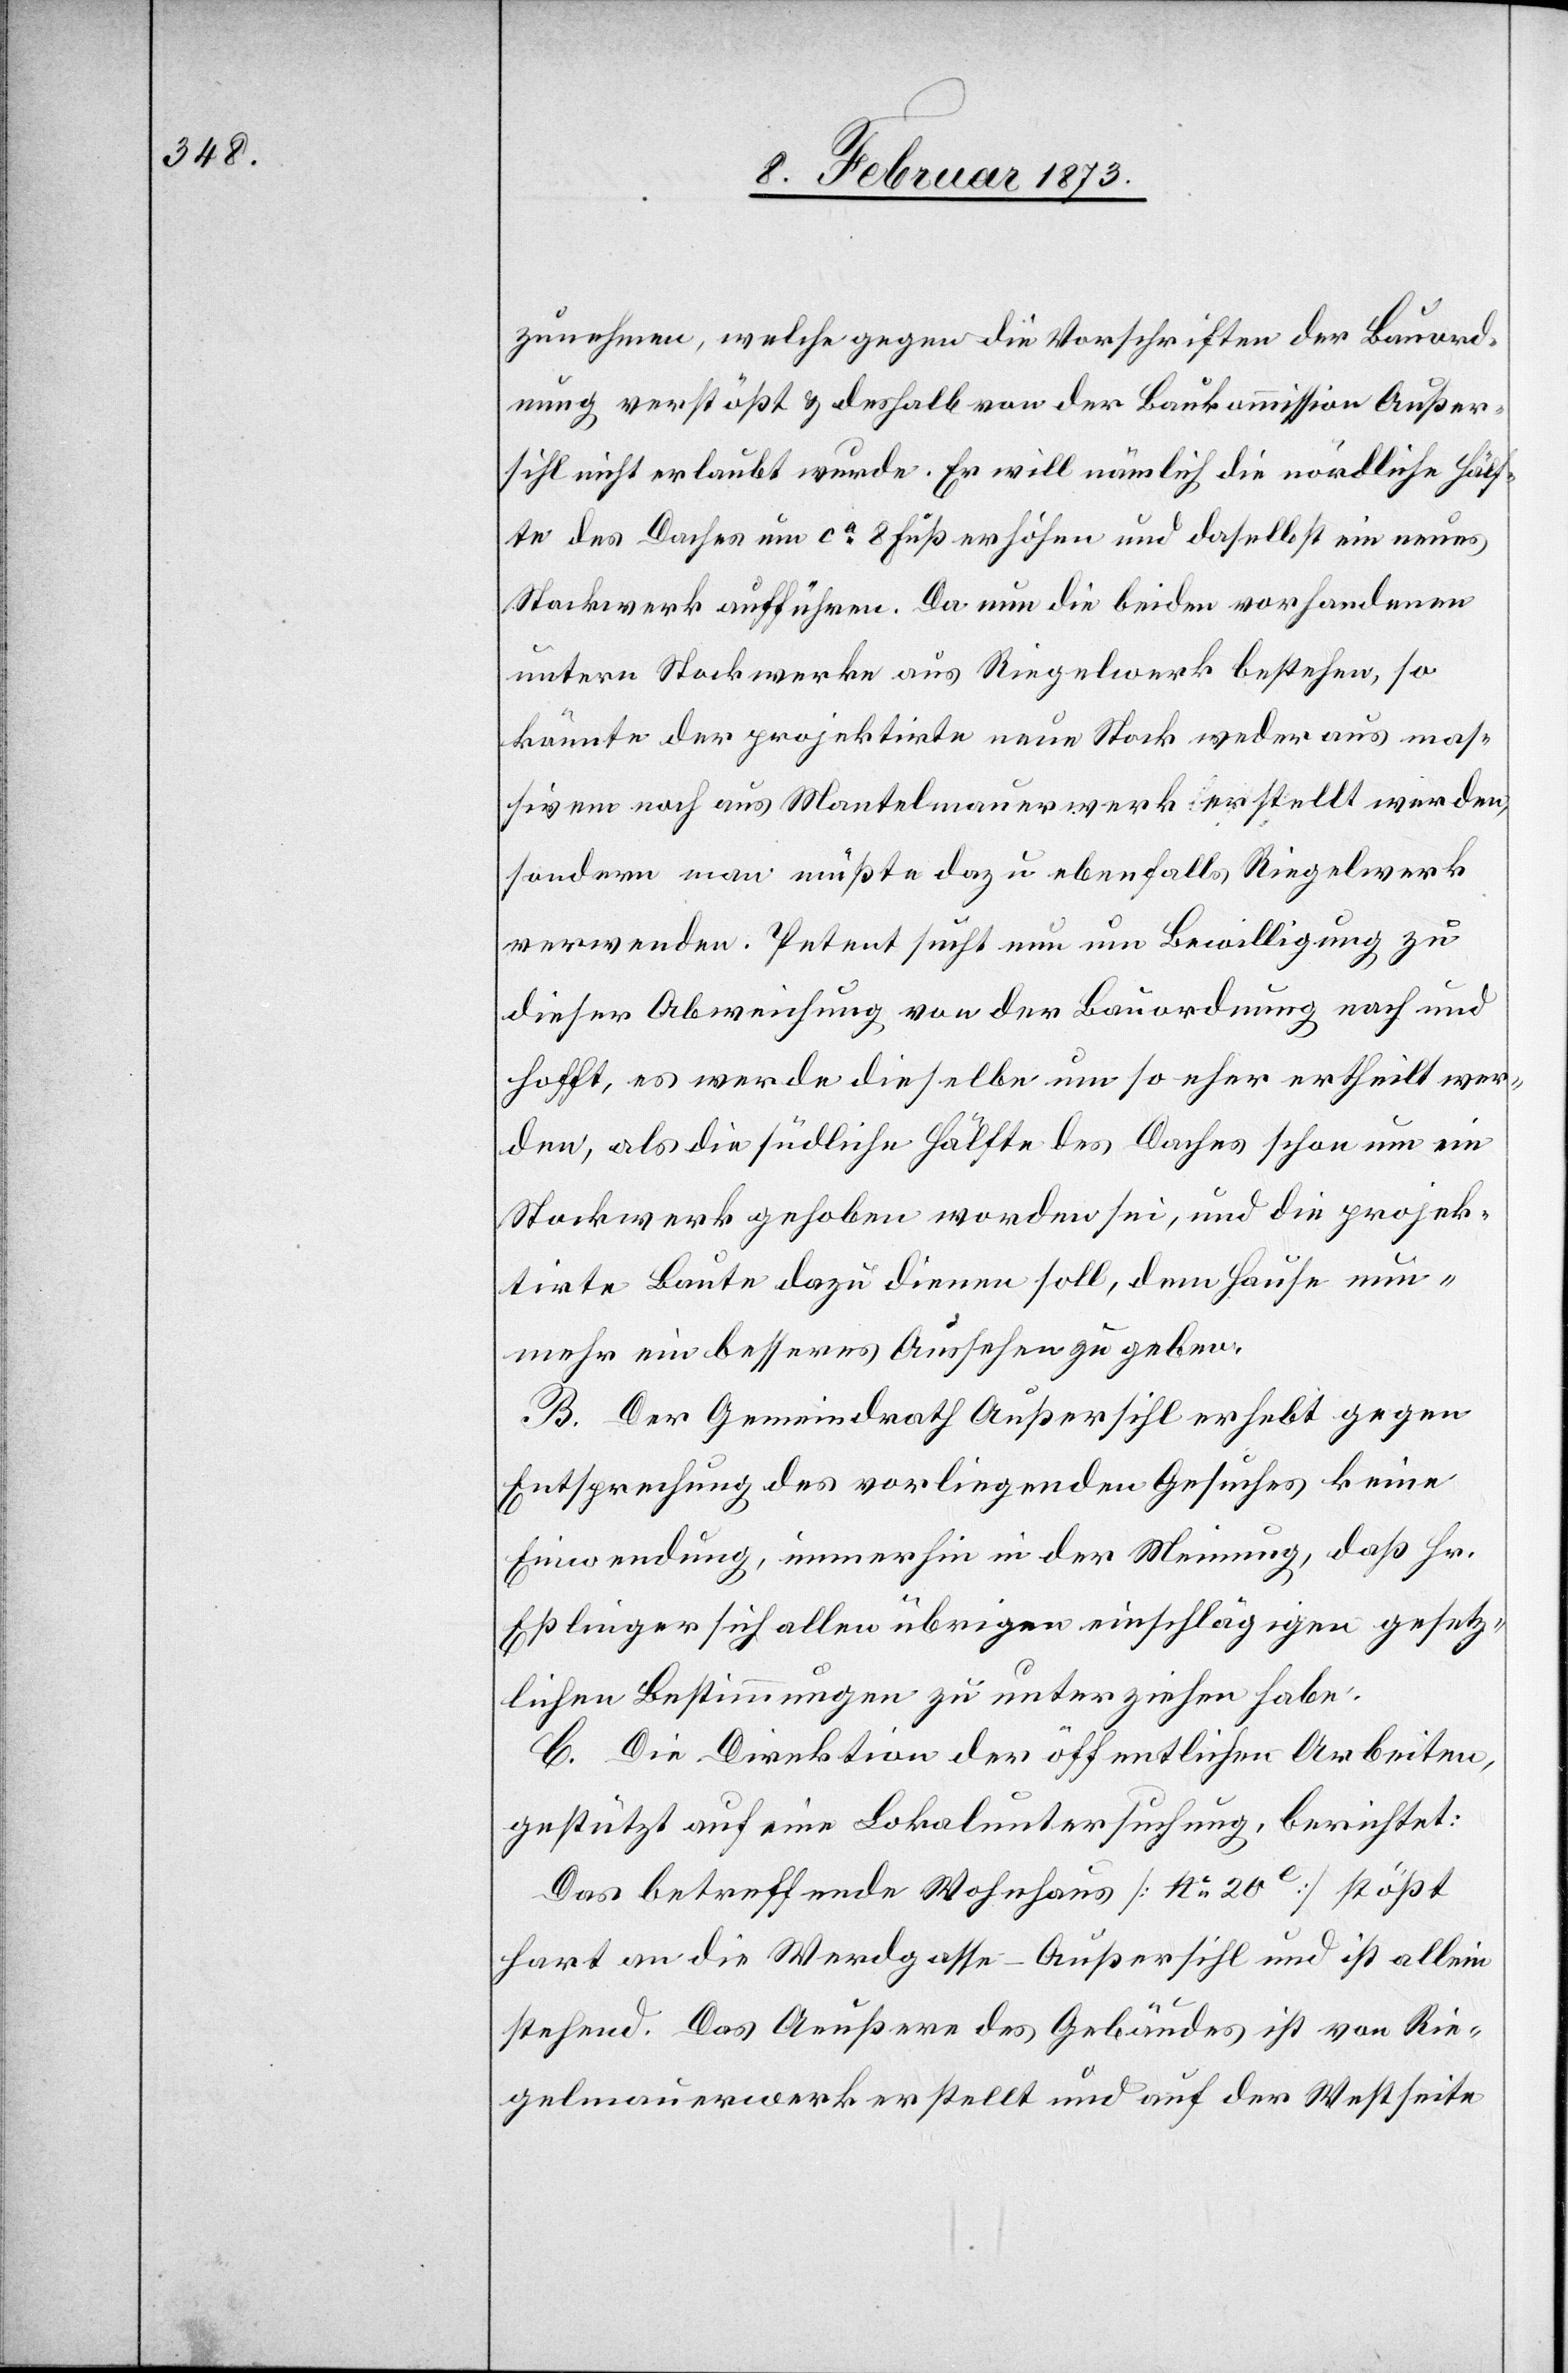
zunehmen, welche gegen die Vorschriften der Bauord¬
nung verstößt u. deshalb von der Baukommission Außer¬
sihl nicht erlaubt wurde. Er will nämlich die nördliche Hälf¬
te des Daches um ca 8 Fuß erhöhen und daselbst ein neues
Stockwerk aufführen. Da nun die beiden vorhandenen
untern Stockwerke aus Riegelwerk bestehen, so
könnte der projektierte neue Stock weder aus mas¬
sivem noch aus Mantelmauerwerk erstellt werden,
sondern man müßte dazu ebenfalls Riegelwerk
verwenden. Petent sucht nun um Bewilligung zu
dieser Abweichung von der Bauordnung nach und
hofft, es werde dieselbe um so eher ertheilt wer¬
den, als die südliche Hälfte des Daches schon um ein
Stockwerk gehoben worden sei, und die projek¬
tirte Baute dazu dienen soll, dem Hause nun¬
mehr ein besseres Aussehen zu geben.
B. Der Gemeindrath Außersihl erhebt gegen
Entsprechung des vorliegenden Gesuches keine
Einwendung, immerhin in der Meinung, daß Hr.
Eßlinger sich allen übrigen einschlägigen gesetz¬
lichen Bestimmungen zu unterziehen habe.
C. Die Direktion der öffentlichen Arbeiten,
gestützt auf eine Lokaluntersuchung, berichtet:
Das betreffende Wohnhaus [No. 20e] stößt
hart an die Werdgasse-Außersihl und ist allein
stehend. Das Aeußere des Gebäudes ist von Rie¬
gelmauerwerk erstellt und auf der Westseite